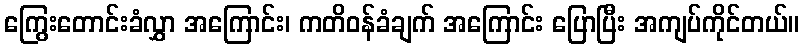
ကြွေးတောင်းခံလွှာ အကြောင်း၊ ကတိဝန်ခံချက် အကြောင်း ပြောပြီး အကျပ်ကိုင်တယ်။